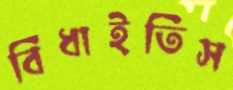
বিঁধাইতিস